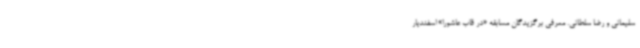
سلیمانی و رضا سلطانی. معرفی برگزیدگان مسابقه «در قاب عاشورا» اسفندیار